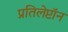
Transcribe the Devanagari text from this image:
प्रतिलेप्टॉन